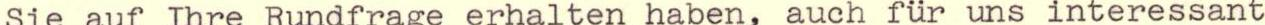
Sie auf Ihre Rundfrage erhalten haben, auch für uns interessant